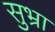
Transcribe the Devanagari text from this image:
सुभ्रा